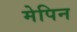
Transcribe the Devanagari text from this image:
मेपिन